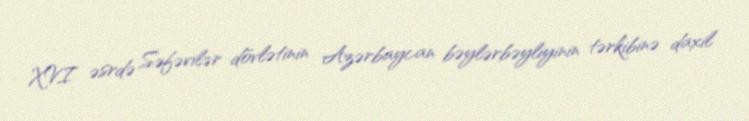
XVI əsrdə Səfəvilər dövlətinin Azərbaycan bəylərbəyliyinin tərkibinə daxil